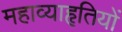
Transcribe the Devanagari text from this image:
महाव्याहृतियों